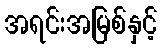
အရင်းအမြစ်နှင့်